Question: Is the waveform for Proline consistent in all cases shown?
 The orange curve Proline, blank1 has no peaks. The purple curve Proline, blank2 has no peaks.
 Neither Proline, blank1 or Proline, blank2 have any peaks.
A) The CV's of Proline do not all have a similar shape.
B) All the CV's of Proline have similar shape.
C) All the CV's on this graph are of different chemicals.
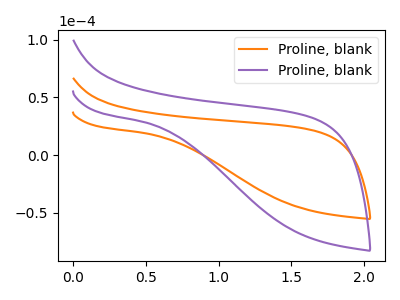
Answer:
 <answer>B) All the CV's of "Proline" have similar shape.</answer>
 <eval>B</eval>